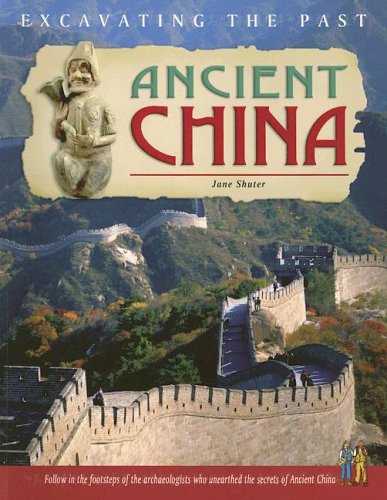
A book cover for Ancient China (Excavating the Past); Jane Shuter; Children's Books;